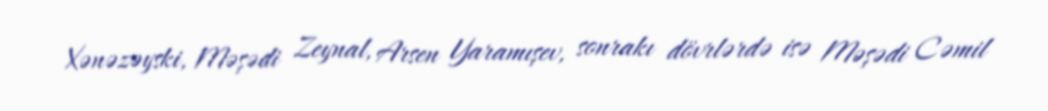
Xənəzəyski, Məşədi Zeynal, Arsen Yaramışev, sonrakı dövrlərdə isə Məşədi Cəmil